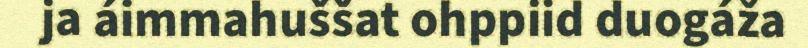
ja áimmahuššat ohppiid duogáža